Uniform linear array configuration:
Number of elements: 24
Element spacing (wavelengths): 0.75
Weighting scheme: cosine
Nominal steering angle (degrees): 60
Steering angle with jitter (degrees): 60.781
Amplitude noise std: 0.05
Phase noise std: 0.05

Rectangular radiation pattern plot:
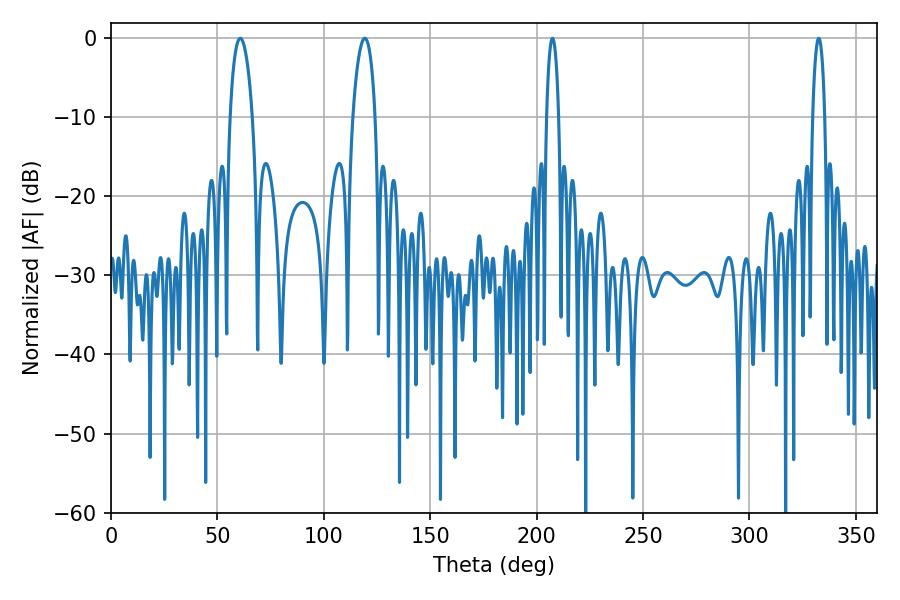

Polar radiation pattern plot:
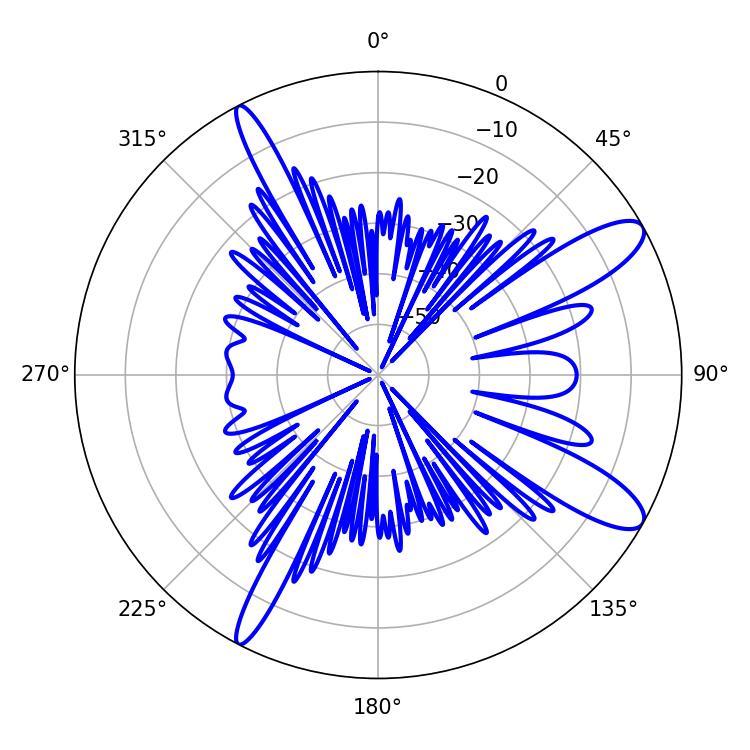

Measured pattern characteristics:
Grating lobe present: TRUE
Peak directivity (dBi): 11.481
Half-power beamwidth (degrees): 5.94
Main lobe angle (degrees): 60.66